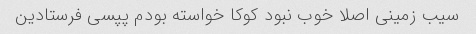
سیب زمینی اصلا خوب نبود کوکا خواسته بودم پپسی فرستادین